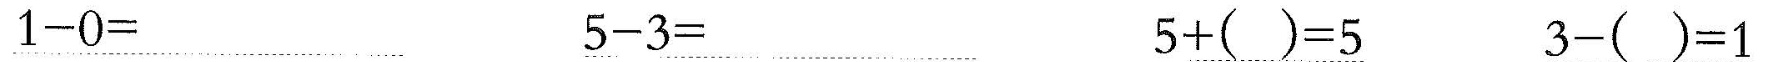
\underline{$$1 - 0 =$$} \underline{$$5 - 3 =$$} \underline{$$5 + ( ) = 5$$} \underline{$$3 - ( ) = 1$$}